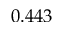
0 . 4 4 3